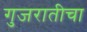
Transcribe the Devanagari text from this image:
गुजरातीचा